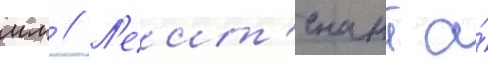
мл // Л'еит'енант а́